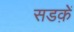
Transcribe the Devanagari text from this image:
सडक़ें